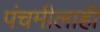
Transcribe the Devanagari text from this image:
पंचमीलाही